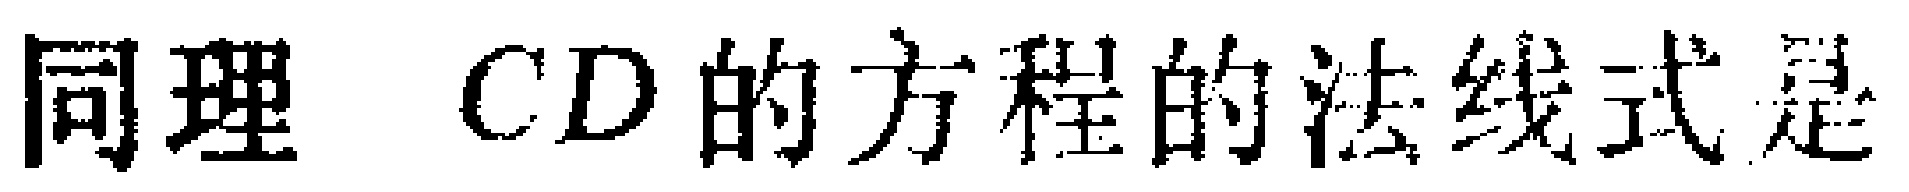
同理 \(CD\) 的方程的法线式是